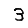
Digit: 3